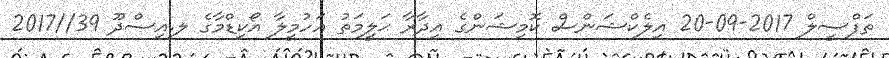
ތަފްސީލް 2017-09-20 އިލެކްޝަންސް ކޮމިޝަންގެ އިދާރާ ޙަލީމަތު އަހުމީލާ އޯކިޑްމާގެ ލ.އިސްދޫ 39//2017